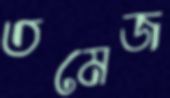
তমেজ